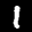
Label: 1